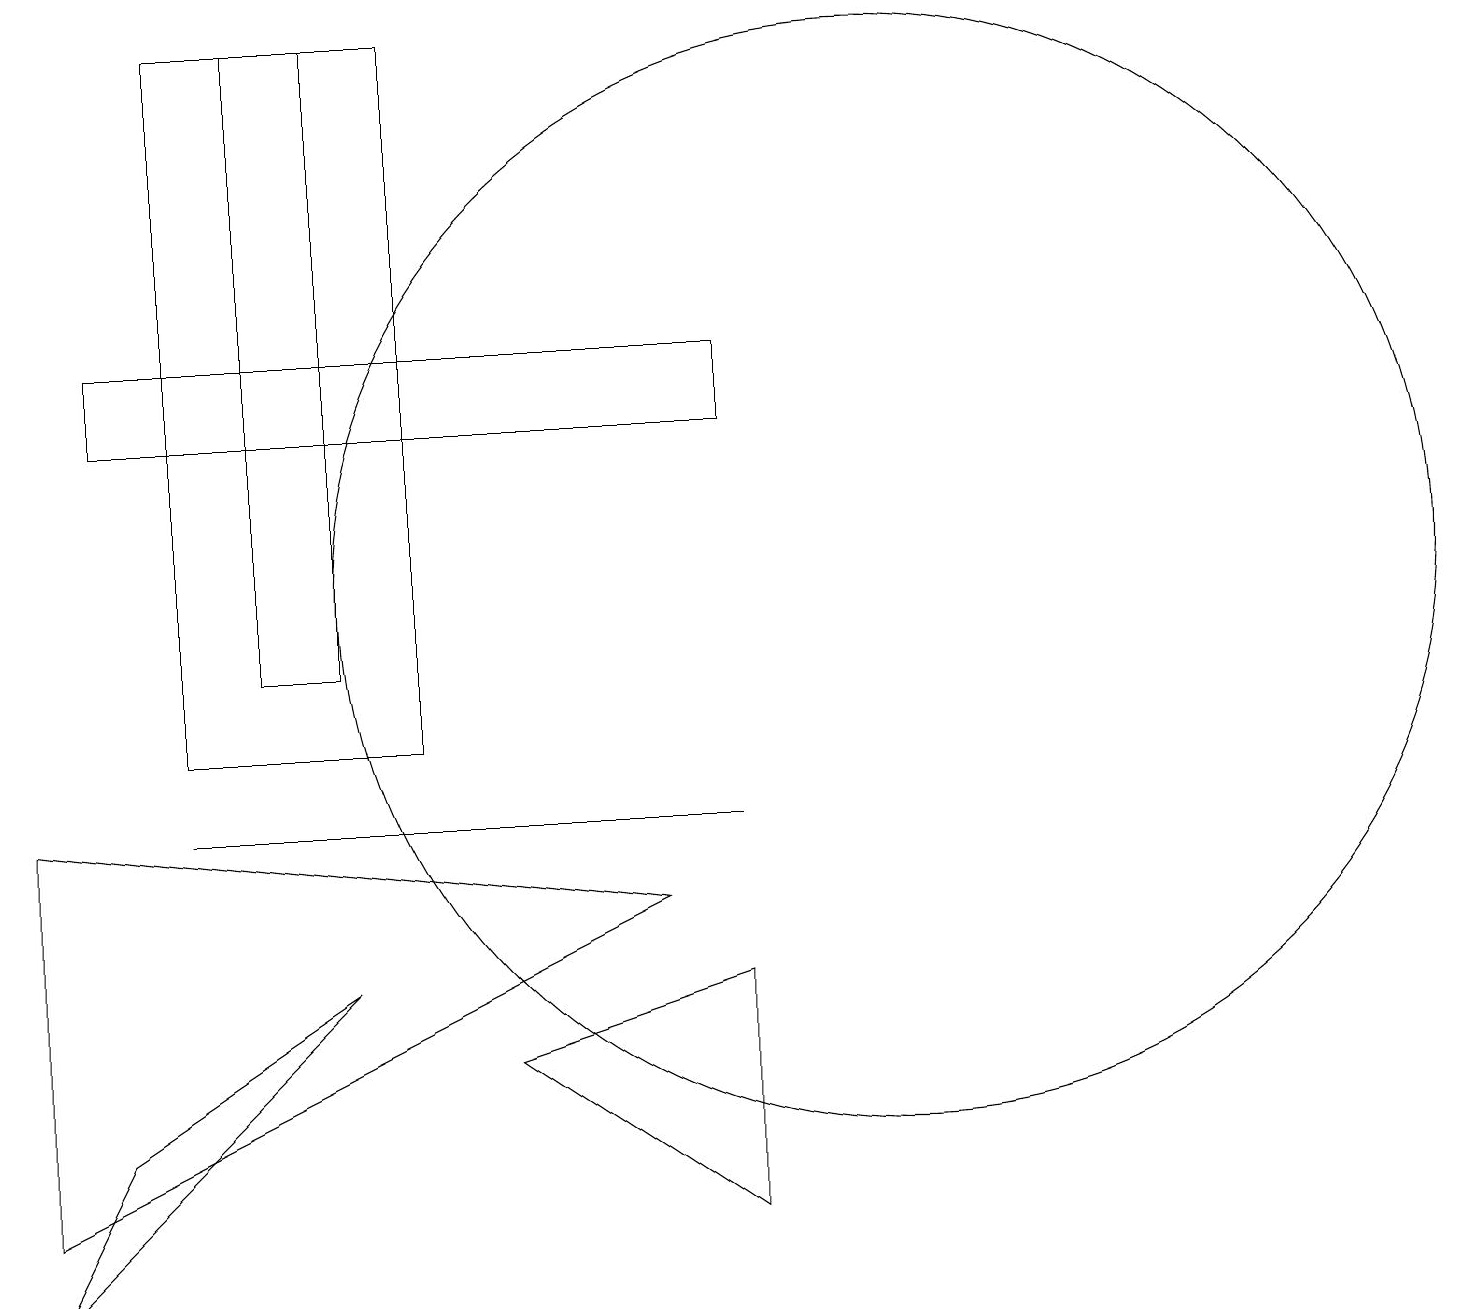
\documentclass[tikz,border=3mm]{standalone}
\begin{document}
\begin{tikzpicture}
\draw (9,15) rectangle (1,14);
\draw (0,4) -- (8,8) -- (0,9) -- cycle;
\draw (4,19) rectangle (3,11);
\draw (6,6) -- (9,7) -- (9,4) -- cycle;
\draw (11,12) circle (7);
\draw (4,7) -- (1,5) -- (0,3) -- cycle;
\draw (9,9) -- (2,9) -- (5,9) -- cycle;
\draw (2,10) rectangle (5,19);
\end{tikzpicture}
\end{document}